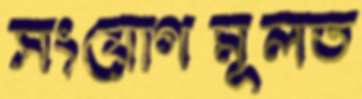
সংযোগমূলত